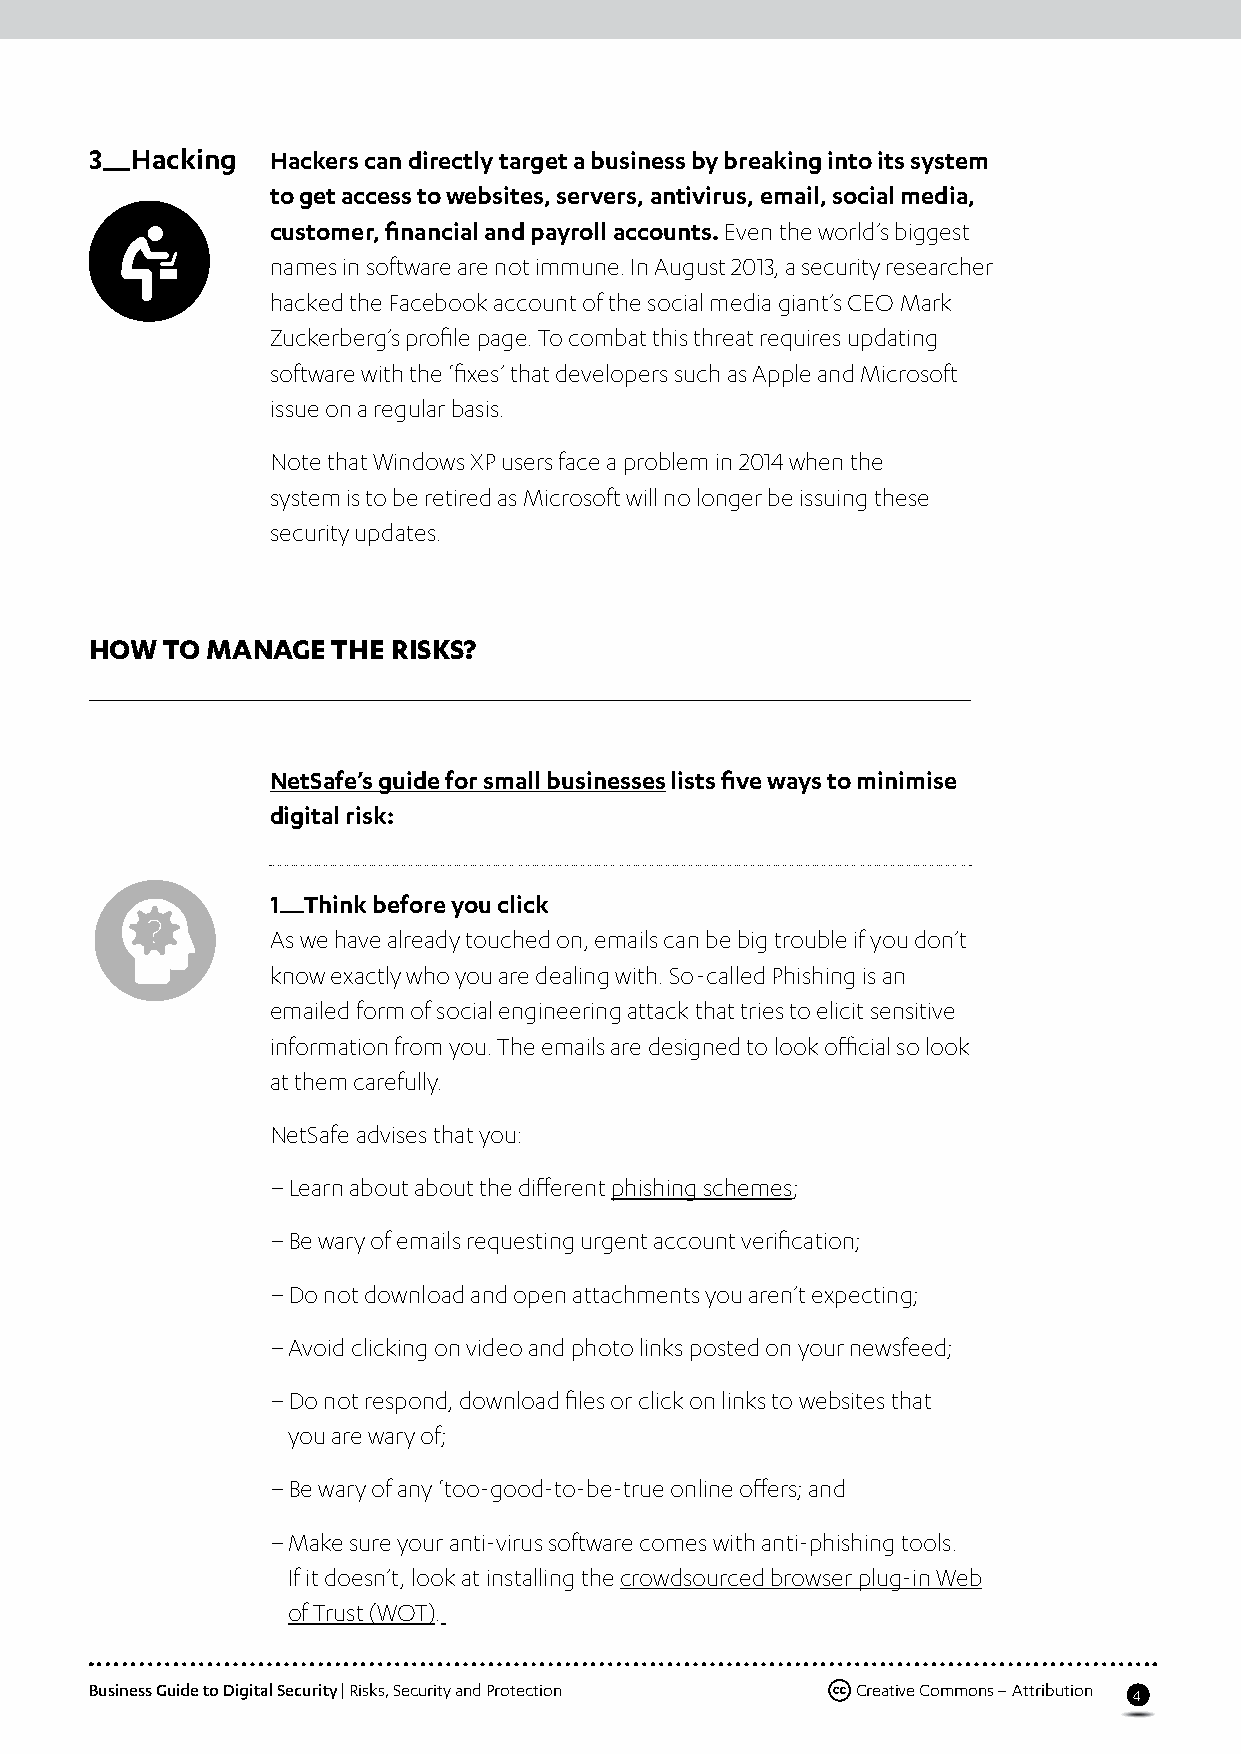
3 —Hacking  Hackers can directly target a business by breaking into its system
 to get access to websites, servers, antivirus, email, social media,
 customer, financial and payroll accounts. Even the world’s biggest
 names in software are not immune. In August 2013, a security researcher
 hacked the Facebook account of the social media giant’s CEO Mark
 Zuckerberg’s profile page. To combat this threat requires updating
 software with the ‘fixes’ that developers such as Apple and Microsoft
 issue on a regular basis.
 Note that Windows XP users face a problem in 2014 when the
 system is to be retired as Microsoft will no longer be issuing these
 security updates.
 hoW  to manage  the risks?
 NetSafe’s guide for small businesses lists five ways to minimise
 digital risk:
 1 Think before you click
 —
 As we have already touched on, emails can be big trouble if you don’t
 know exactly who you are dealing with. So-called Phishing is an
 emailed form of social engineering attack that tries to elicit sensitive
 information from you. The emails are designed to look official so look
 at them carefully.
 NetSafe advises that you:
 – Learn about about the different phishing schemes;
 – Be wary of emails requesting urgent account verification;
 – Do not download and open attachments you aren’t expecting;
 – Avoid clicking on video and photo links posted on your newsfeed;
 – Do not respond, download files or click on links to websites that
 you are wary of;
 – Be wary of any ‘too-good-to-be-true online offers; and
 – Make sure your anti-virus software comes with anti-phishing tools.
 If it doesn’t, look at installing the crowdsourced browser plug-in Web
 of Trust (WOT).
 Business Guide to Digital Security | Risks, Security and Protection Creative Commons – Attribution
 4